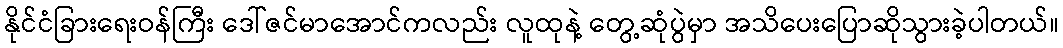
နိုင်ငံခြားရေးဝန်ကြီး ဒေါ်ဇင်မာအောင်ကလည်း လူထုနဲ့ တွေ့ဆုံပွဲမှာ အသိပေးပြောဆိုသွားခဲ့ပါတယ်။